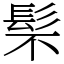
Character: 䯱